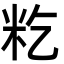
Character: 籺